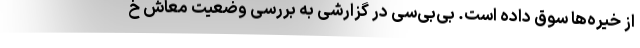
از خیره‌ها سوق داده است. بی‌بی‌سی در گزارشی به بررسی وضعیت معاش خ